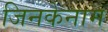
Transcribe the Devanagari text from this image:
जिनकेनाम